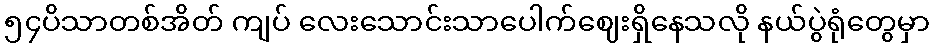
၅၄ပိသာတစ်အိတ် ကျပ် လေးသောင်းသာပေါက်ဈေးရှိနေသလို နယ်ပွဲရုံတွေမှာ